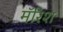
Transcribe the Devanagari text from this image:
मॅरिश